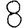
Digit: 8